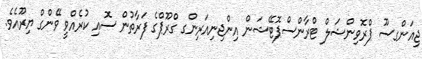
ޖިއަންގސޫ ޕްރޮވިންޝަލް ޓްރާންސްޕޮޓޭޝަން އިންޖިނިއަރިންގ ގްރޫޕްގެ ފަރާތުން ސޮއި ކުރެއްވީ ވޭންގް ޔިރޫއެވެ.